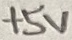
Text: +5V